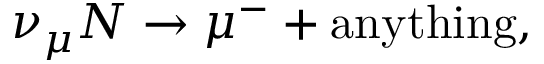
\nu _ { \mu } N \rightarrow \mu ^ { - } + \mathrm { a n y t h i n g } ,